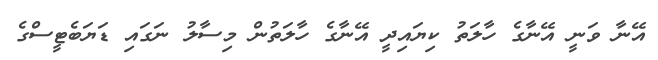
އޭނާ ވަނީ އޭނާގެ ހާލަތު ކިޔައިދީ އޭނާގެ ހާލަތުން މިސާލު ނަގައި ޑަޔަބެޓީސްގެ